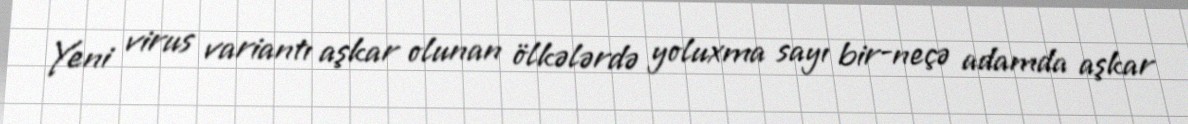
Yeni virus variantı aşkar olunan ölkələrdə yoluxma sayı bir-neçə adamda aşkar